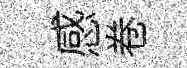
感卷